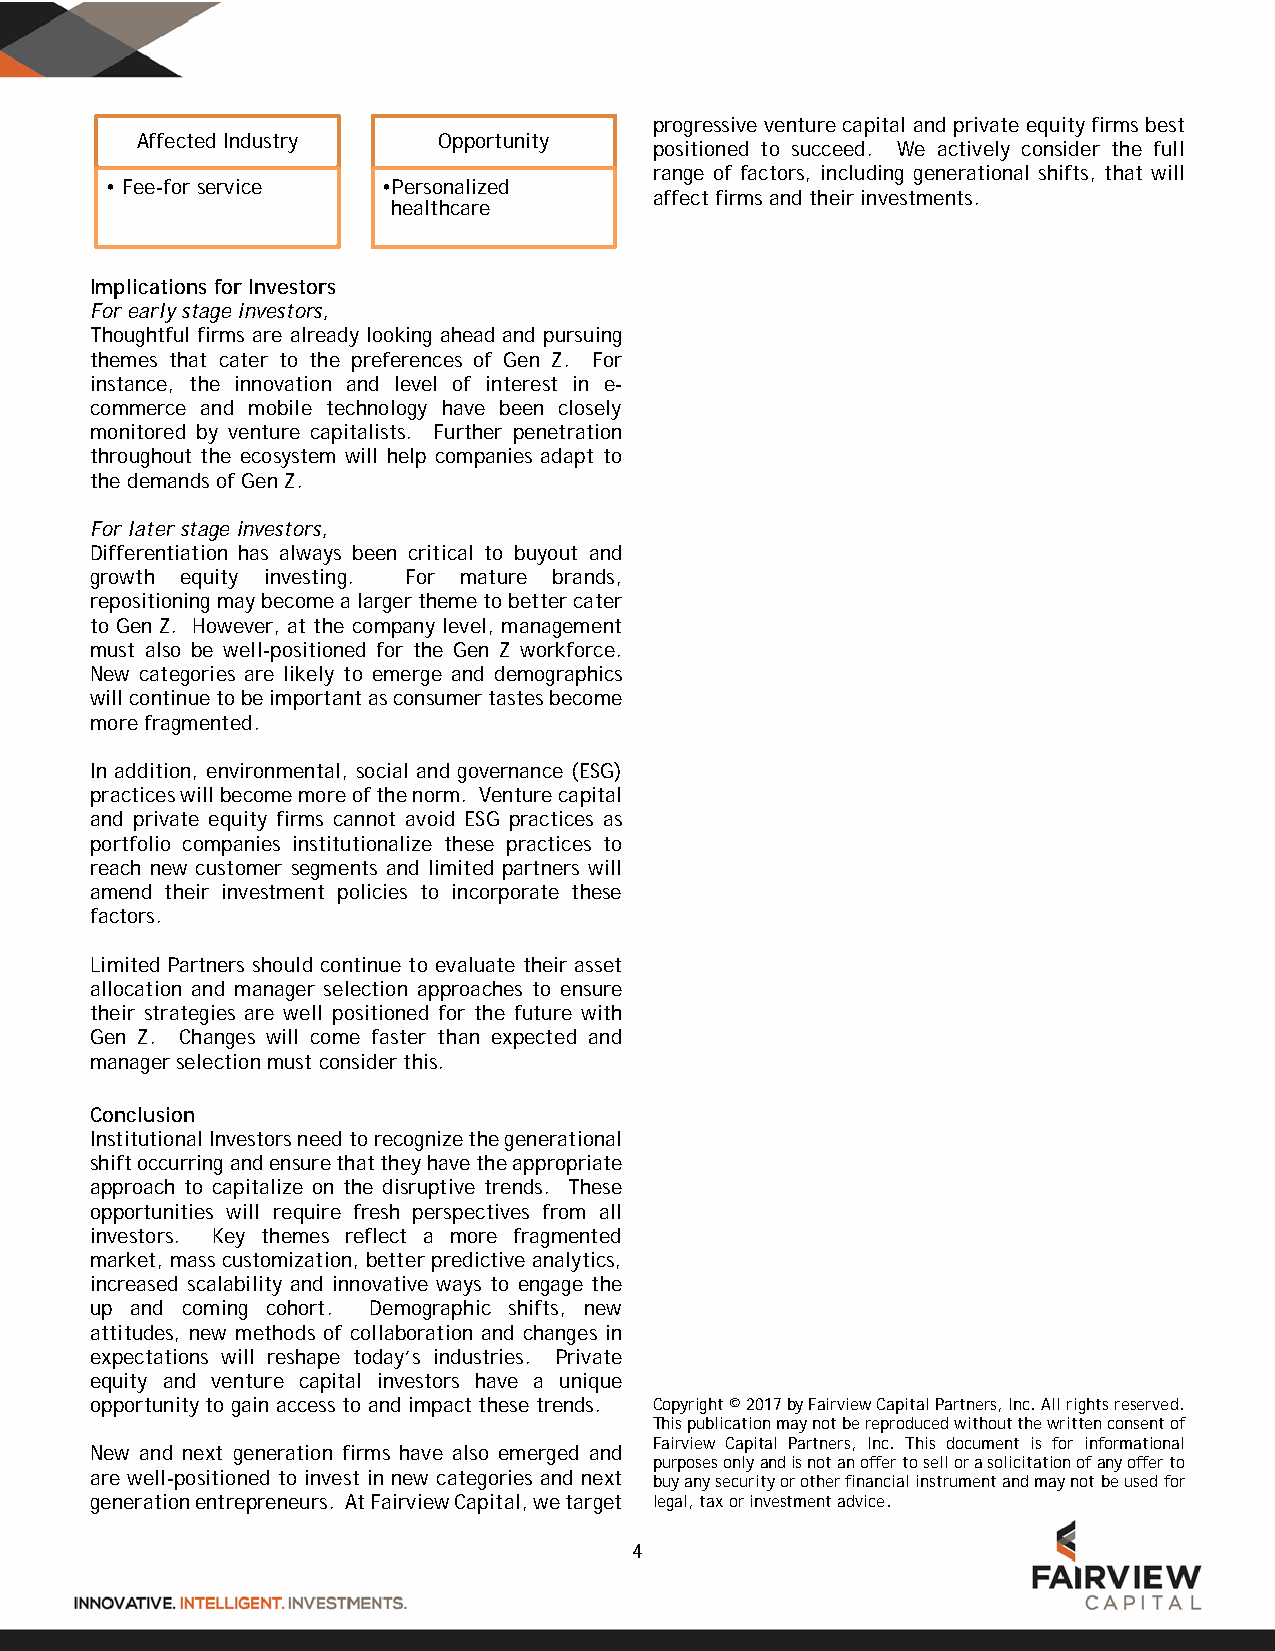
progressive venture capital and private equity firms best
 Affected Industry   Opportunity
 positioned to succeed. We actively consider the full
 range of factors, including generational shifts, that will
 • Fee-for service •Personalized
 affect firms and their investments.
 healthcare
 Implications for Investors
 For early stage investors,
 Thoughtful firms are already looking ahead and pursuing
 themes that cater to the preferences of Gen Z. For
 instance, the innovation and level of interest in e-
 commerce and mobile technology have been closely
 monitored by venture capitalists. Further penetration
 throughout the ecosystem will help companies adapt to
 the demands of Gen Z.
 For later stage investors,
 Differentiation has always been critical to buyout and
 growth equity investing. For mature brands,
 repositioning may become a larger theme to better cater
 to Gen Z. However, at the company level, management
 must also be well-positioned for the Gen Z workforce.
 New categories are likely to emerge and demographics
 will continue to be important as consumer tastes become
 more fragmented.
 In addition, environmental, social and governance (ESG)
 practices will become more of the norm. Venture capital
 and private equity firms cannot avoid ESG practices as
 portfolio companies institutionalize these practices to
 reach new customer segments and limited partners will
 amend their investment policies to incorporate these
 factors.
 Limited Partners should continue to evaluate their asset
 allocation and manager selection approaches to ensure
 their strategies are well positioned for the future with
 Gen Z. Changes will come faster than expected and
 manager selection must consider this.
 Conclusion
 Institutional Investors need to recognize the generational
 shift occurring and ensure that they have the appropriate
 approach to capitalize on the disruptive trends. These
 opportunities will require fresh perspectives from all
 investors. Key themes reflect a more fragmented
 market, mass customization, better predictive analytics,
 increased scalability and innovative ways to engage the
 up and coming cohort. Demographic shifts, new
 attitudes, new methods of collaboration and changes in
 expectations will reshape today’s industries. Private
 equity and venture capital investors have a unique
 opportunity to gain access to and impact these trends. Copyright © 2017 by Fairview Capital Partners, Inc. All rights reserved.
 This publication may not be reproduced without the written consent of
 Fairview Capital Partners, Inc. This document is for informational
 New and next generation firms have also emerged and
 purposes only and is not an offer to sell or a solicitation of any offer to
 are well-positioned to invest in new categories and next buy any security or other financial instrument and may not be used for
 generation entrepreneurs. At Fairview Capital, we target legal, tax or investment advice.
 4